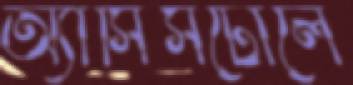
অ্যাসিসটোলে